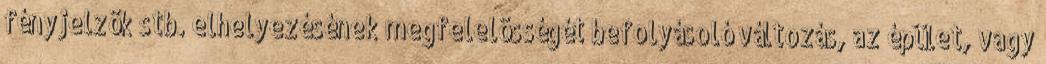
fényjelzõk stb. elhelyezésének megfelelõsségét befolyásoló változás, az épület, vagy